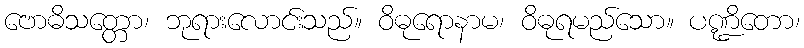
ဗောဓိသတ္တော၊ ဘုရားလောင်းသည်။ ဝိဓုရောနာမ၊ ဝိဓုရမည်သော။ ပဏ္ဍိတော၊